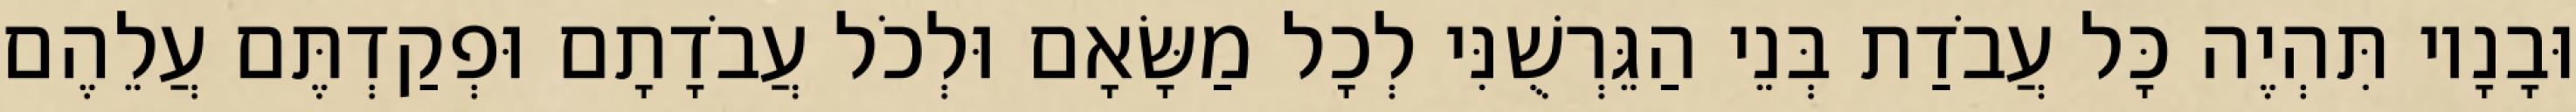
וּבָנָיו תִּהְיֶה כָּל עֲבֹדַת בְּנֵי הַגֵּרְשֻׁנִּי לְכָל מַשָּׂאָם וּלְכֹל עֲבֹדָתָם וּפְקַדְתֶּם עֲלֵהֶם